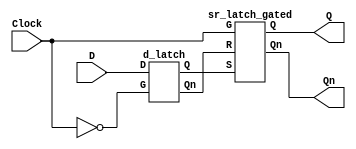
module dflipflop(D,Clock,Q,Qn);
   output Q,Qn;
   input Clock,D;
   wire Cn; 
   wire Cnn; 
   wire DQ;   
   wire DQn;  
   
   not(Cn,Clock);
   not(Cnn,Cn);   
   d_latch dl(DQ,DQn,Cn,D);
   sr_latch_gated sr(Q,Qn,Cnn,DQ,DQn);   
endmodule 

// D-Latch
module d_latch(Q,Qn,G,D);
   output Q,Qn;
   input G,D;   
   
   wire Dn,D1,Dn1; 
   
   not(Dn,D);   
   and(D1,G, D);
   and(Dn1,G, Dn);   
   nor(Qn,D1,Q);
   nor(Q,Dn1,Qn);
endmodule

// SR-Latch
module sr_latch_gated(Q,Qn,G,S,R);
   output Q,Qn;
   input G,S,R;   
   
   wire S1,R1;
   
   and(S1,G,S);
   and(R1,G,R);   
   nor(Qn,S1,Q);
   nor(Q,R1,Qn);
endmodule